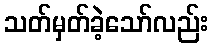
သတ်မှတ်ခဲ့သော်လည်း